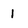
Character: 1